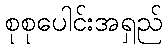
စုစုပေါင်းအရှည်